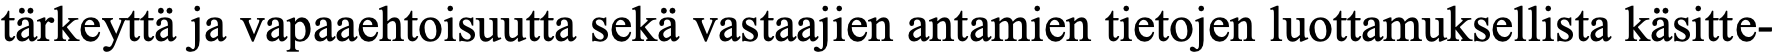
tärkeyttä ja vapaaehtoisuutta sekä vastaajien antamien tietojen luottamuksellista käsitte-